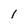
Character: I